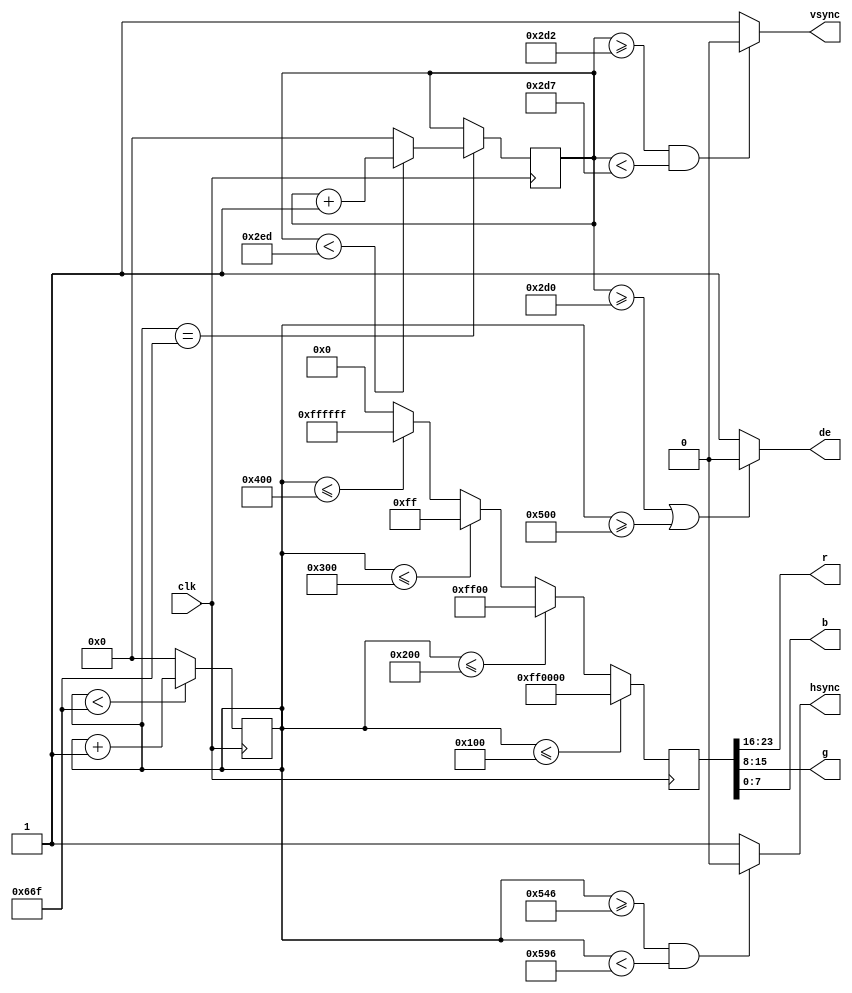
`timescale 1ns / 1ps
//////////////////////////////////////////////////////////////////////////////////
// Company: 
// Engineer: 
// 
// Design Name: 
// Module Name:    vga_generator 
// Project Name: 
// Target Devices: 
// Tool versions: 
// Description: 
//
// Dependencies: 
//
// Revision: 
// Revision 0.01 - File Created
// Additional Comments: 
//
//////////////////////////////////////////////////////////////////////////////////
module vga_generator(
    input clk,
    output [7:0] r,
    output [7:0] g,
    output [7:0] b,
    output de,
    output vsync,
    output hsync
    );

   reg  [23:0] colour;
   reg  [11:0] hcounter;
   reg  [11:0] vcounter;
    
// Colours converted using The RGB -> YCbCr converter app found on Google Gadgets 
                                //   Y    Cb   Cr
   `define C_BLACK 24'h000000;  //  16   128  128
   `define C_RED   24'hFF0000;  //  81   90   240
   `define C_GREEN 24'h00FF00;  //  172  42   27
   `define C_BLUE  24'h0000FF;  //  32   240  118
   `define C_WHITE 24'hFFFFFF;  //  234  128  128
	
	
//	-- Set the video mode to 1920x1080x60Hz (150MHz pixel clock needed)
/*   parameter hVisible  = 1920;
   parameter hStartSync = 1920+88;
   parameter hEndSync   = 1920+88+44;
   parameter hMax       = 1920+88+44+148; //2200
   
   parameter vVisible    = 1080;
   parameter vStartSync  = 1080+4;
   parameter vEndSync    = 1080+4+5;
   parameter vMax        = 1080+4+5+36; //1125*/
	
	
//	-- Set the video mode to 1440x900x60Hz (106.47MHz pixel clock needed)
/*   parameter hVisible   = 1440;
   parameter hStartSync = 1440+80;
   parameter hEndSync   = 1440+80+152;
   parameter hMax       = 1440+80+152+232; //1904
   
   parameter vVisible    = 900;
   parameter vStartSync  = 900+1;
   parameter vEndSync    = 900+1+3;
   parameter vMax        = 900+1+3+28; //932*/
	
    
//	-- Set the video mode to 1280x720x60Hz (75MHz pixel clock needed)
  parameter hVisible   = 1280;
   parameter hStartSync = 1280+72;
   parameter hEndSync   = 1280+72+80;
   parameter hMax       = 1280+72+80+216; //1647
   
   parameter vVisible    = 720;
   parameter vStartSync  = 720+3;
   parameter vEndSync    = 720+3+5;
   parameter vMax        = 720+3+5+22; //749
	
	
//	-- Set the video mode to 800x600x60Hz (40MHz pixel clock needed)
/*   parameter hVisible   = 800;
   parameter hStartSync = 840; //800+40
   parameter hEndSync   = 968; //800+40+128
   parameter hMax       = 1056; //800+40+128+88
   
   parameter vVisible    = 600;
   parameter vStartSync  = 601; //600+1
   parameter vEndSync    = 605; //600+1+4
   parameter vMax        = 628; //600+1+4+23      
*/


//	-- Set the video mode to 640x480x60Hz (25MHz pixel clock needed)
 /*
   parameter hVisible   = 640;
   parameter hStartSync = 656; //640+16
   parameter hEndSync   = 752; //640+16+96
   parameter hMax       = 800; //640+16+96+48
   
   parameter vVisible    = 480;
   parameter vStartSync  = 490; //480+10
   parameter vEndSync    = 492; //480+10+2
   parameter vMax        = 525; //480+10+2+33


*/

//------------------------------------------
//v_sync counter & generator 
 
always@(posedge clk) begin
if(hcounter < hMax - 12'd1)        //line over
	hcounter <= hcounter + 12'd1;
else
	hcounter <= 12'd0; 
end
 
always@(posedge clk) begin
if(hcounter == hMax - 12'd1) begin
	if(vcounter < vMax - 12'd1)  //frame over
		vcounter <= vcounter + 12'd1;
	else
		vcounter <= 12'd0;
	end
end

assign hsync = ((hcounter >= (hStartSync - 2'd2))&&(hcounter < (hEndSync - 2'd2)))? 1'b0:1'b1;  //Generate the hSync Pulses
assign vsync = ((vcounter >= (vStartSync - 1'b1))&&(vcounter < (vEndSync - 1'b1)))? 1'b0:1'b1; //Generate the vSync Pulses
  
        
 always@(posedge clk) begin
    if (hcounter <= hVisible/5) begin colour <= `C_RED; end
    else if(hcounter <= 2*hVisible/5) begin colour <= `C_GREEN; end
    else if(hcounter <= 3*hVisible/5) begin colour <= `C_BLUE; end
    else if(hcounter <= 4*hVisible/5) begin colour <= `C_WHITE; end
    else  begin colour <= `C_BLACK; end
 end
	 
  assign r = colour[23:16];
  assign g = colour[15:8];
  assign b = colour[7:0];
  assign de = (vcounter >= vVisible || hcounter >= hVisible) ? 1'b0 : 1'b1;

endmodule